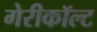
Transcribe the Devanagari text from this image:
गेरीकॉल्ट